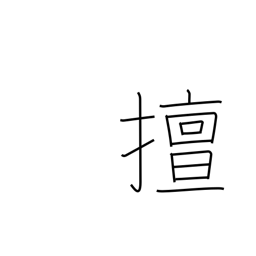
Meaning: self-indulgent